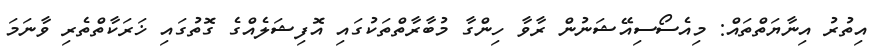
އިތުރު އިނާޔަތްތައް: މިއެސޯސިއޭޝަނުން ރާވާ ހިންގާ މުބާރާތްތަކުގައި އޮފިޝަލެއްގެ ގޮތުގައި ޚަރަކާތްތެރި ވާނަމަ